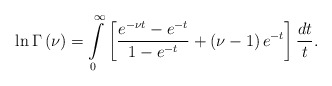
\begin{align*}\ln \Gamma \left( \nu\right) =\int\limits_{0}^{\infty }\left[ \frac{e^{- \nu t}-e^{-t}}{1-e^{-t}}+\left( \nu-1\right)e^{-t}\right] \frac{dt}t . \end{align*}